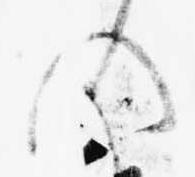
の